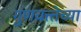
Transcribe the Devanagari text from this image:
गुणवत्त्तेच्या